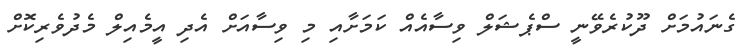
ގެނައުމަށް ދޫކުރެވޭނީ ސްޕެޝަލް ވިސާއެއް ކަމަށާއި މި ވިސާއަށް އެދި އީމެއިލް މެދުވެރިކޮށް